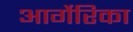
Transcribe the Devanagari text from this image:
आर्गेरिका